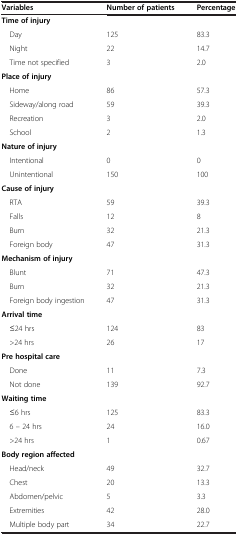
| Variables | Number of patients | Percentage |
 | --- | --- | --- |
 | Time of injury |  |  |
 | Day | 125 | 83.3 |
 | Night | 22 | 14.7 |
 | Time not specified | 3 | 2.0 |
 | Place of injury |  |  |
 | Home | 86 | 57.3 |
 | Sideway/along road | 59 | 39.3 |
 | Recreation | 3 | 2.0 |
 | School | 2 | 1.3 |
 | Nature of injury |  |  |
 | Intentional | 0 | 0 |
 | Unintentional | 150 | 100 |
 | Cause of injury |  |  |
 | RTA | 59 | 39.3 |
 | Falls | 12 | 8 |
 | Burn | 32 | 21.3 |
 | Foreign body | 47 | 31.3 |
 | Mechanism of injury |  |  |
 | Blunt | 71 | 47.3 |
 | Burn | 32 | 21.3 |
 | Foreign body ingestion | 47 | 31.3 |
 | Arrival time |  |  |
 | ≤24 hrs | 124 | 83 |
 | >24 hrs | 26 | 17 |
 | Pre hospital care |  |  |
 | Done | 11 | 7.3 |
 | Not done | 139 | 92.7 |
 | Waiting time |  |  |
 | ≤6 hrs | 125 | 83.3 |
 | 6 – 24 hrs | 24 | 16.0 |
 | >24 hrs | 1 | 0.67 |
 | Body region affected |  |  |
 | Head/neck | 49 | 32.7 |
 | Chest | 20 | 13.3 |
 | Abdomen/pelvic | 5 | 3.3 |
 | Extremities | 42 | 28.0 |
 | Multiple body part | 34 | 22.7 |